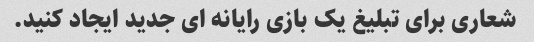
شعاری برای تبلیغ یک بازی رایانه ای جدید ایجاد کنید.